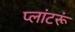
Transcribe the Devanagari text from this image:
प्लांटरूं